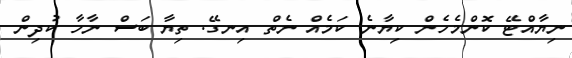
ނިޔާއްޓޭ ކޮންމެހެން ކިޔާނެ ކަމެއް ނެތް އިނގޭ. ތިޔާ ބަސް ނާހާ ކުދިން